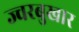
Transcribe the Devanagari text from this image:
ज्वरबुखार